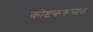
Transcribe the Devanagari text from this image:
कोष्टकरूपात